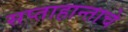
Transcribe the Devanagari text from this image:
सप्ताहान्ताचे